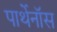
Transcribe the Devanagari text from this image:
पार्थेनॉस